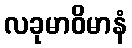
လခုမာဝိမာနံ